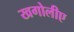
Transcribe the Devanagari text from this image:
खगोलीए